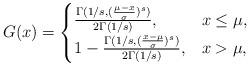
LaTeX: \begin{align*}G(x)=\begin{cases}\frac{\Gamma(1/s, (\frac{\mu-x}{\sigma})^s)}{2\Gamma(1/s)},& x \leq \mu,\\1-\frac{\Gamma(1/s, (\frac{x-\mu}{\sigma})^s)}{2\Gamma(1/s)},& x > \mu,\end{cases}\end{align*}